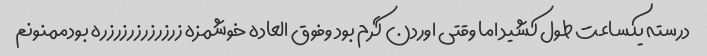
درسته یکساعت طول کشید اما وقتی اوردن گرم بود وفوق العاده خوشمزه زرزرزرزرزرزره بودممنونم